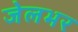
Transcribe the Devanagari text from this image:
जेलभर